Language: tamil
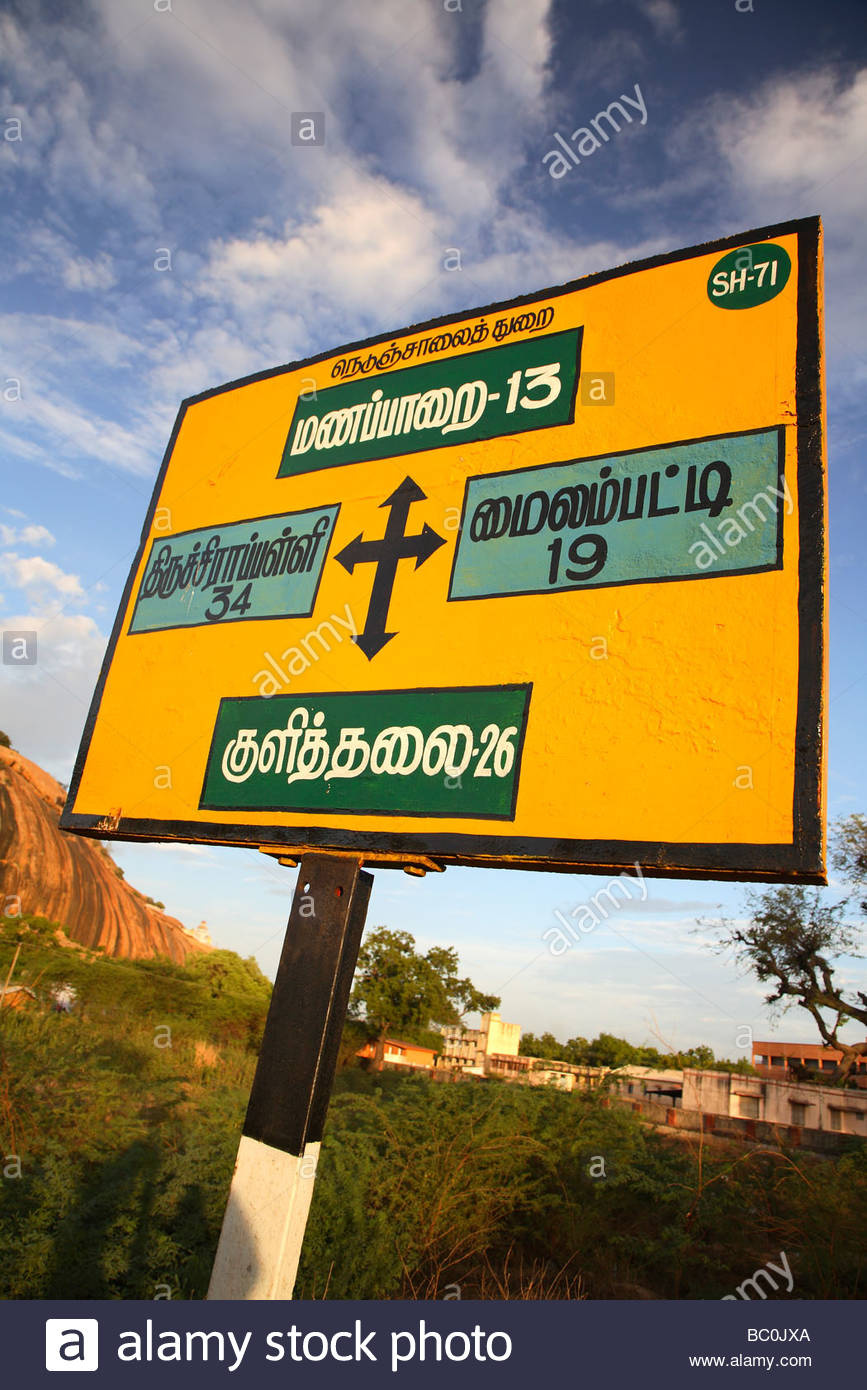
Transcription: திருச்சிராப்பள்ளி மைலம்பட்டி நெடுஞ்சாலைத் துறை மணப்பாறை குளித்தலை